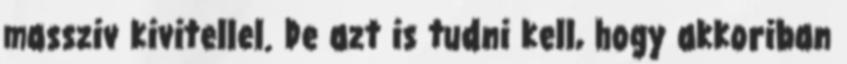
massziv kivitellel. De azt is tudni kell, hogy akkoriban